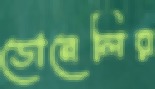
ডোনেলির